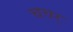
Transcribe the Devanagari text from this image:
चचर्